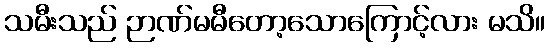
သမီးသည် ဉာဏ်မမီတော့သောကြောင့်လား မသိ။